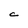
Character: C